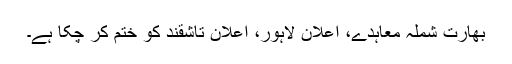
بھارت شملہ معاہدے، اعلان لاہور، اعلان تاشقند کو ختم کر چکا ہے۔